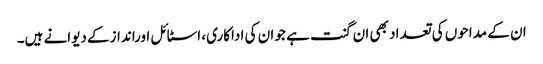
ان کے مداحوں کی تعداد بھی ان گنت ہے جو ان کی اداکاری، اسٹائل اوراندازکے دیوانے ہیں۔